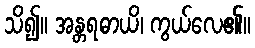
သိ၍။ အန္တရဓာယိ၊ ကွယ်လေ၏။